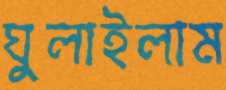
ঘুলাইলাম